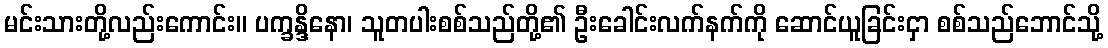
မင်းသားတို့လည်းကောင်း။ ပက္ခန္ဒိနော၊ သူတပါးစစ်သည်တို့၏ ဦးခေါင်းလက်နက်ကို ဆောင်ယူခြင်းငှာ စစ်သည်ဘောင်သို့